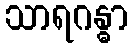
သာရဂန္ဓာ